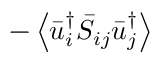
- \left\langle { \bar { u } _ { i } ^ { \dag } { { \bar { S } } _ { i j } } \bar { u } _ { j } ^ { \dag } } \right\rangle